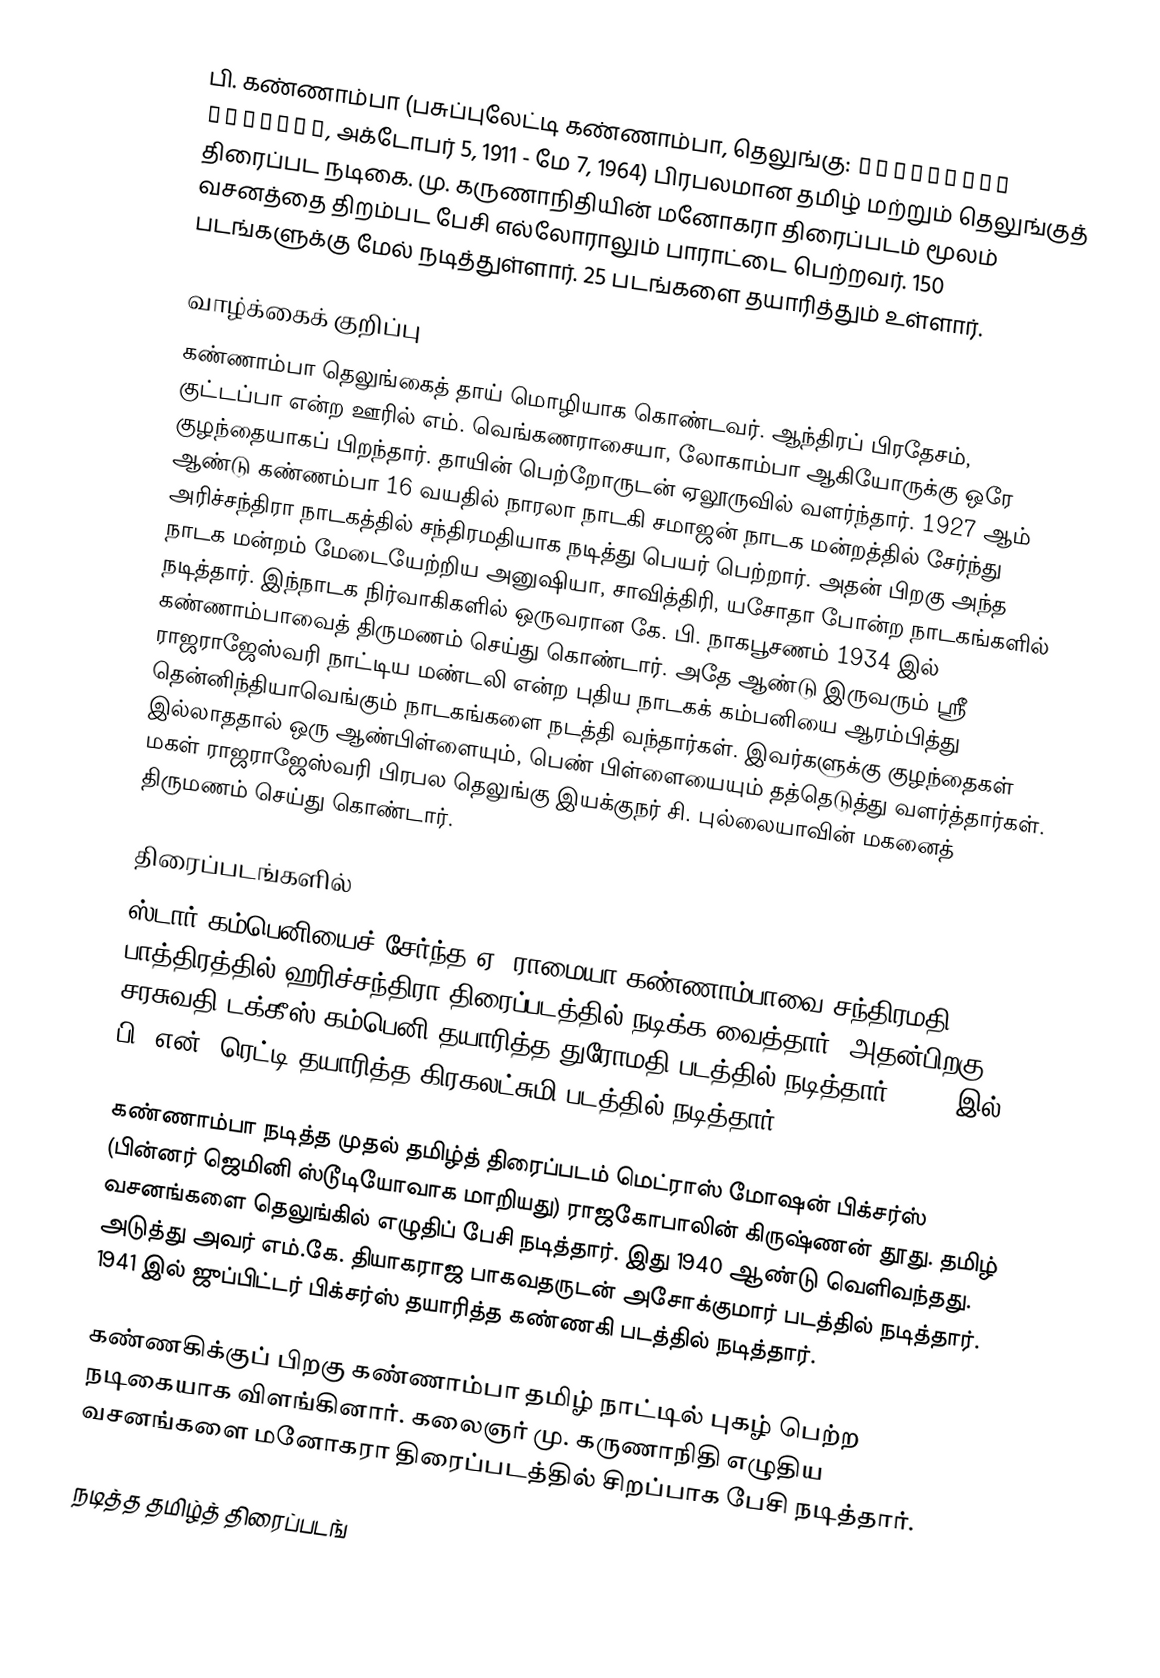
பி. கண்ணாம்பா (பசுப்புலேட்டி கண்ணாம்பா, தெலுங்கு: పసుపులేటి కన్నాంబ, அக்டோபர் 5, 1911 - மே 7, 1964) பிரபலமான தமிழ் மற்றும் தெலுங்குத் திரைப்பட நடிகை. மு. கருணாநிதியின் மனோகரா திரைப்படம் மூலம் வசனத்தை திறம்பட பேசி எல்லோராலும் பாராட்டை பெற்றவர். 150 படங்களுக்கு மேல் நடித்துள்ளார். 25 படங்களை தயாரித்தும் உள்ளார்.

வாழ்க்கைக் குறிப்பு
கண்ணாம்பா தெலுங்கைத் தாய் மொழியாக கொண்டவர். ஆந்திரப் பிரதேசம், குட்டப்பா என்ற ஊரில் எம். வெங்கணராசையா, லோகாம்பா ஆகியோருக்கு ஒரே குழந்தையாகப் பிறந்தார். தாயின் பெற்றோருடன் ஏலூருவில் வளர்ந்தார். 1927 ஆம் ஆண்டு கண்ணம்பா 16 வயதில் நாரலா நாடகி சமாஜன் நாடக மன்றத்தில் சேர்ந்து அரிச்சந்திரா நாடகத்தில் சந்திரமதியாக நடித்து பெயர் பெற்றார். அதன் பிறகு அந்த நாடக மன்றம் மேடையேற்றிய அனுஷியா, சாவித்திரி, யசோதா போன்ற நாடகங்களில் நடித்தார். இந்நாடக நிர்வாகிகளில் ஒருவரான கே. பி. நாகபூசணம் 1934 இல் கண்ணாம்பாவைத் திருமணம் செய்து கொண்டார். அதே ஆண்டு இருவரும் ஸ்ரீ ராஜராஜேஸ்வரி நாட்டிய மண்டலி என்ற புதிய நாடகக் கம்பனியை ஆரம்பித்து தென்னிந்தியாவெங்கும் நாடகங்களை நடத்தி வந்தார்கள். இவர்களுக்கு குழந்தைகள் இல்லாததால் ஒரு ஆண்பிள்ளையும், பெண் பிள்ளையையும் தத்தெடுத்து வளர்த்தார்கள். மகள் ராஜராஜேஸ்வரி பிரபல தெலுங்கு இயக்குநர் சி. புல்லையாவின் மகனைத் திருமணம் செய்து கொண்டார்.

திரைப்படங்களில்
ஸ்டார் கம்பெனியைச் சேர்ந்த ஏ. ராமையா கண்ணாம்பாவை சந்திரமதி பாத்திரத்தில் ஹரிச்சந்திரா திரைப்படத்தில் நடிக்க வைத்தார். அதன்பிறகு சரசுவதி டக்கீஸ் கம்பெனி தயாரித்த துரோமதி படத்தில் நடித்தார். 1938 இல் பி. என். ரெட்டி தயாரித்த கிரகலட்சுமி படத்தில் நடித்தார்.

கண்ணாம்பா நடித்த முதல் தமிழ்த் திரைப்படம் மெட்ராஸ் மோஷன் பிக்சர்ஸ் (பின்னர் ஜெமினி ஸ்டூடியோவாக மாறியது) ராஜகோபாலின் கிருஷ்ணன் தூது. தமிழ் வசனங்களை தெலுங்கில் எழுதிப் பேசி நடித்தார். இது 1940 ஆண்டு வெளிவந்தது. அடுத்து அவர் எம்.கே. தியாகராஜ பாகவதருடன் அசோக்குமார் படத்தில் நடித்தார். 1941 இல் ஜுப்பிட்டர் பிக்சர்ஸ் தயாரித்த கண்ணகி படத்தில் நடித்தார்.

கண்ணகிக்குப் பிறகு கண்ணாம்பா தமிழ் நாட்டில் புகழ் பெற்ற நடிகையாக விளங்கினார். கலைஞர் மு. கருணாநிதி எழுதிய வசனங்களை மனோகரா திரைப்படத்தில் சிறப்பாக பேசி நடித்தார்.

நடித்த தமிழ்த் திரைப்படங்